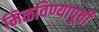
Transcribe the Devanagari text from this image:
मिळविण्यापूर्वी